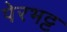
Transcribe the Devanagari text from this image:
पेरभट्ट